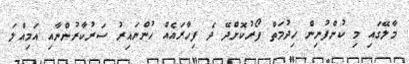
މާލޭގައި މި ކުންފުނިން ހިދުމަތް ފޯރުކޮށްދޭ ދެ ފިހާރައެއް ހުންނައިރު ސަރުކާރުންނާއި އަމިއްލަ